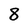
Character: 8